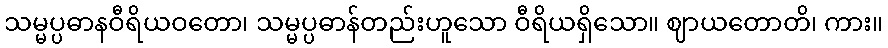
သမ္မပ္ပဓာနဝီရိယဝတော၊ သမ္မပ္ပဓာန်တည်းဟူသော ဝီရိယရှိသော။ ဈာယတောတိ၊ ကား။